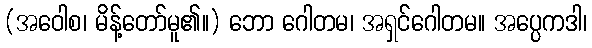
(အဝေါစ၊ မိန့်တော်မူ၏။) ဘော ဂေါတမ၊ အရှင်ဂေါတမ။ အပ္ပေကဒါ၊